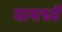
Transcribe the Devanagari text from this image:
यामध्यें